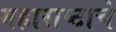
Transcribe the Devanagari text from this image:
महाराष्टाचे